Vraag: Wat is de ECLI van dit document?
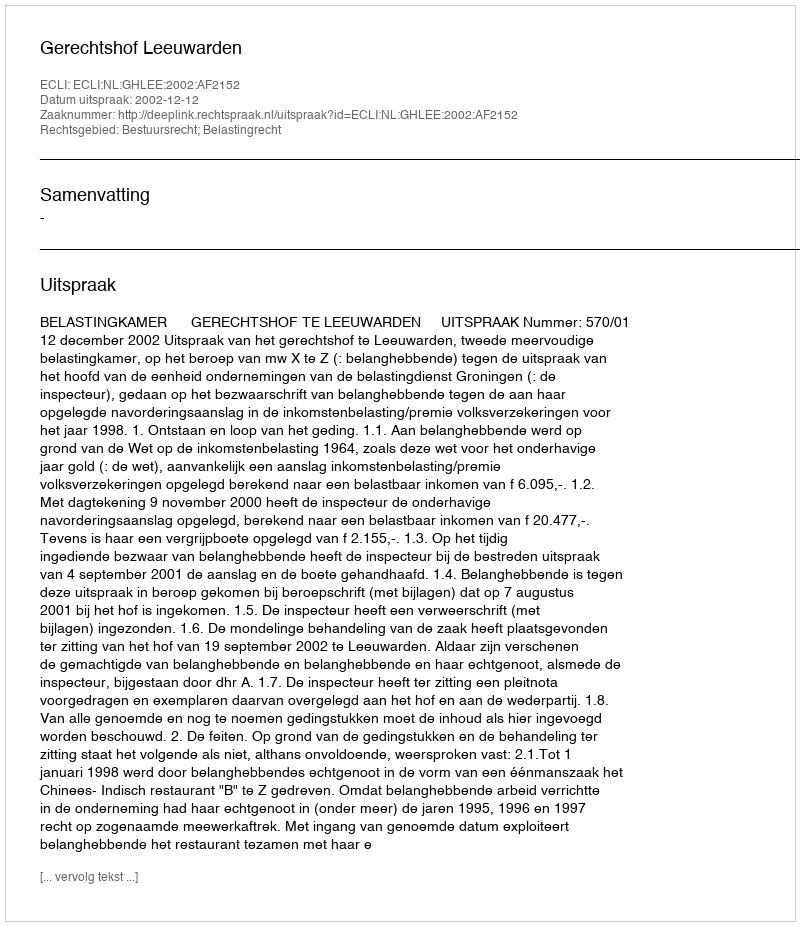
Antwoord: ECLI:NL:GHLEE:2002:AF2152